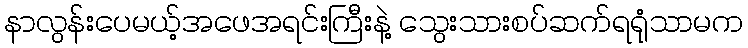
နာလွန်းပေမယ့်အဖေအရင်းကြီးနဲ့ သွေးသားစပ်ဆက်ရရုံသာမက